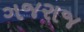
ગજરાજ